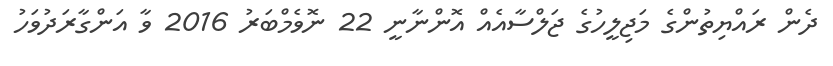
ދެން ރައްޔިތުންގެ މަޖިލީހުގެ ޖަލްސާއެއް އޮންނާނީ 22 ނޮވެމްބަރު 2016 ވާ އަންގާރަދުވަހު